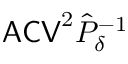
\mathsf { A C V } ^ { 2 } \hat { P } _ { \delta } ^ { - 1 }